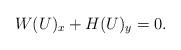
LaTeX: \begin{align*}W(U)_x+H(U)_y=0.\end{align*}